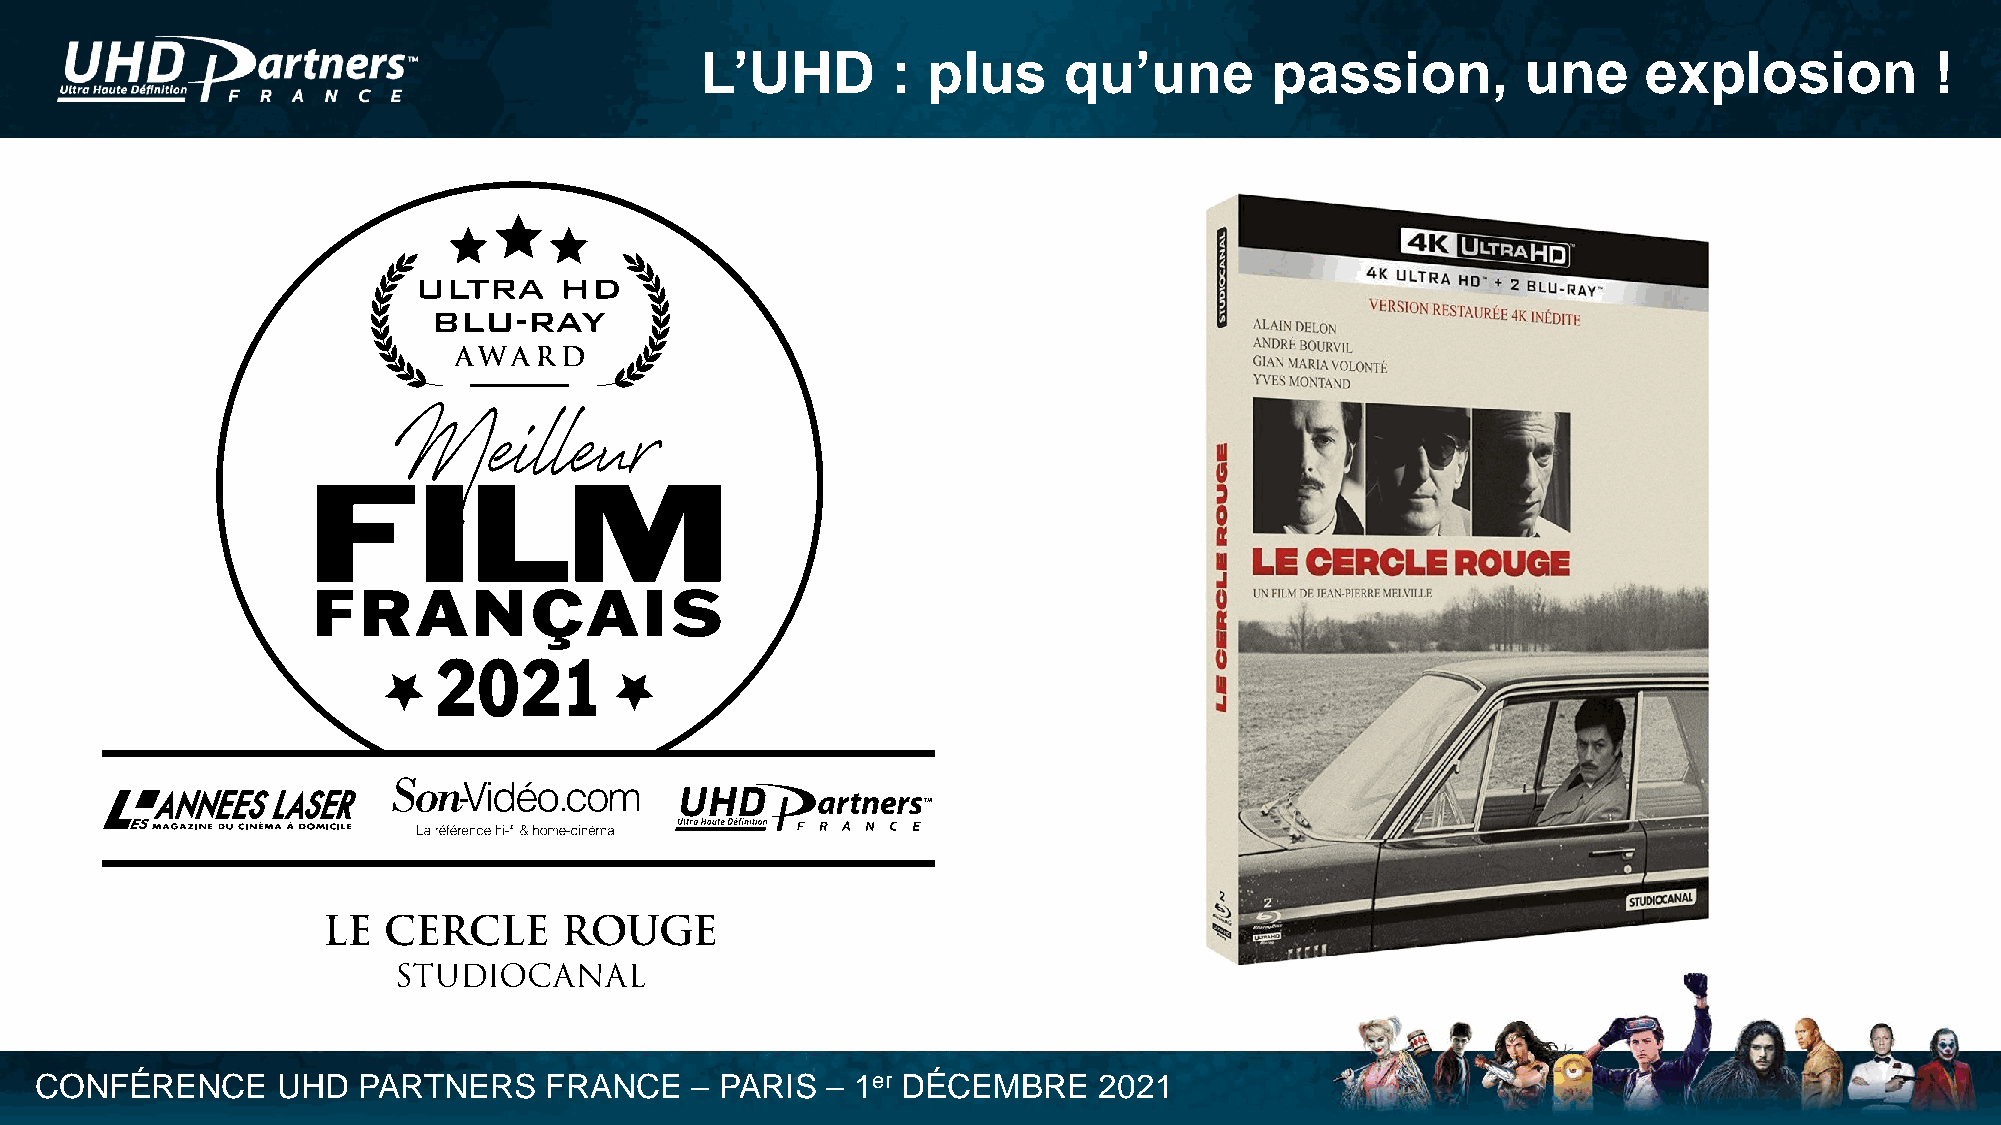
L’UHD        : plus     qu’une        passion,         une     explosion          !
 CONFÉRENCE      UHD   PARTNERS    FRANCE    – PARIS  – 1er DÉCEMBRE    2021